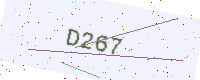
Text: D267